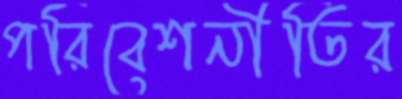
পরিবেশনীতির